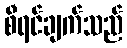
စီရင်ချက်သည်